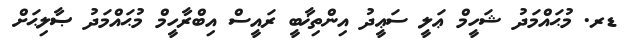
ޑރ. މުޙައްމަދު ޝަހީމް ޢަލީ ސަޢީދު އިންތިޚާބީ ރައީސް އިބްރާހީމް މުޙައްމަދު ޞާލިޙަށް